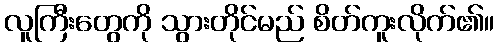
လူကြီးတွေကို သွားတိုင်မည် စိတ်ကူးလိုက်၏။